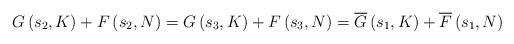
\begin{align*}G\left(s_2,K\right)+F\left(s_2,N\right)=G\left(s_3,K\right)+F\left(s_3,N\right)=\overline{G}\left(s_1,K\right)+\overline{F}\left(s_1,N\right) \end{align*}